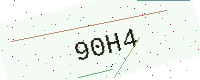
Text: 90H4